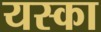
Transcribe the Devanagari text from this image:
यस्का